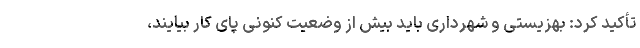
تأکید کرد: بهزیستی و شهرداری باید بیش از وضعیت کنونی پای کار بیایند،